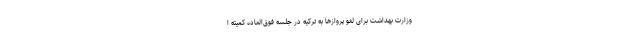
وزارت بهداشت برای لغو پروازها به ترکیه در جلسه فوق‌العاده کمیته ا